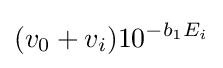
({v_{0}+v_{i}})10^{-b_{1}E_{i}}